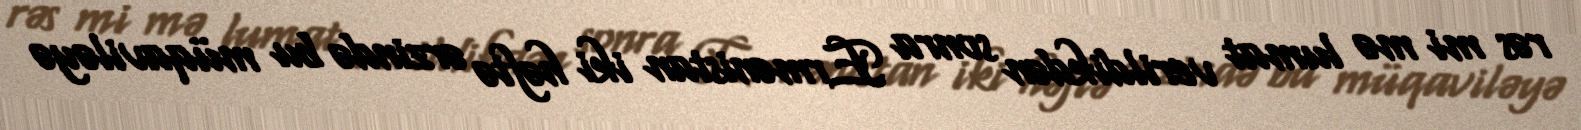
rəs mi mə lumat verildikdən sonra Ermənistan iki həftə ərzində bu müqaviləyə